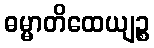
ဓမ္မာတိထေယျဉ္စ